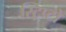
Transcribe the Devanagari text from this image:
स्ट्रिप्टो